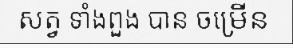
សត្វ ទាំងពួង បាន ចម្រើន